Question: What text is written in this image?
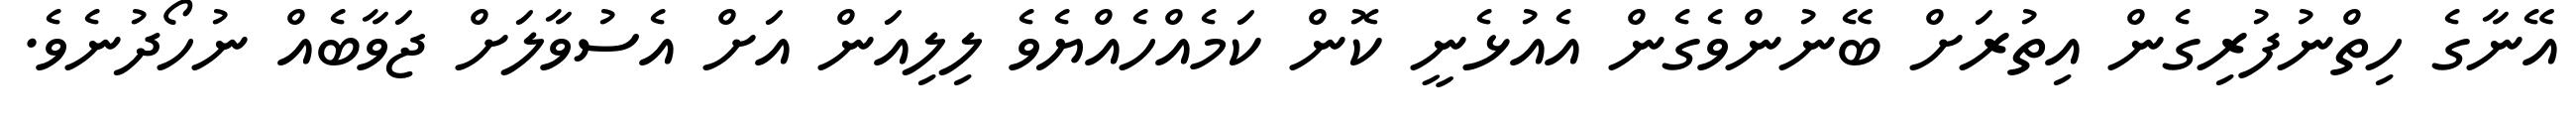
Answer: އޭނާގެ ހިތްނުފުރިގެން އިތުރަށް ބޭނުންވެގެން އެއުޅެނީ ކޮން ކަމެއްހެއްޔެވެ ލިލިއަން އަށް އެސުވާލަށް ޖަވާބެއް ނުހޯދުނެވެ.